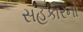
સહકારનો